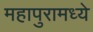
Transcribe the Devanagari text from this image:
महापुरामध्ये